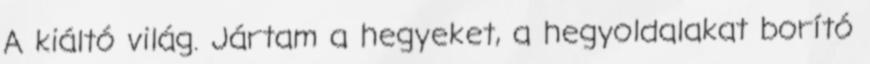
A kiáltó világ. Jártam a hegyeket, a hegyoldalakat borító